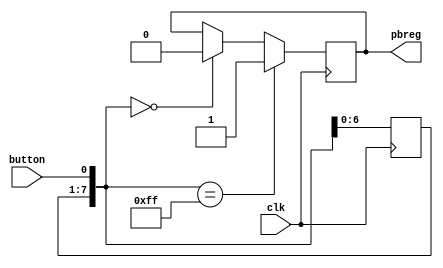
`timescale 1ns / 1ps
//////////////////////////////////////////////////////////////////////////////////
// Company: 
// Engineer: 
// 
// Design Name: 
// Module Name:    pbdebounce 
// Project Name: 
// Target Devices: 
// Tool versions: 
// Description: 
//
// Dependencies: 
//
// Revision: 
// Revision 0.01 - File Created
// Additional Comments: 
//
//////////////////////////////////////////////////////////////////////////////////
module anti_jitter(input clk, input button, output reg pbreg); 

reg [7:0] pbshift;
	
always@(posedge clk)
	begin
		pbshift=pbshift<<1;
		pbshift[0]=button;
	if (pbshift==0)
		pbreg=0;
	if (pbshift==8'hFF)
		pbreg=1;			
	end

endmodule